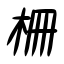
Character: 柵